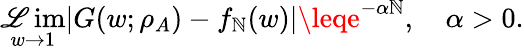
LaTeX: \operatorname*{\mathscr{L}im}_{w\to1}|G(w;\rho_{A})-f_{\mathbb{N}}(w)|\leqe^{-\alpha\mathbb{N}},\quad\alpha>0.